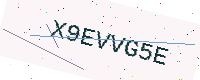
Text: X9EVVG5E